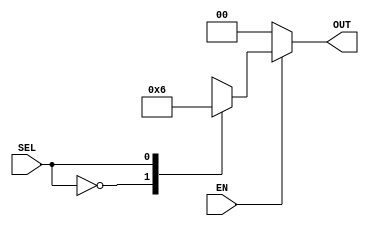
`timescale 1ns/1ns

module decoder2(
    input SEL,
    input EN,
    output reg [1:0] OUT
);

always @(*) begin
    if(EN) begin
        case(SEL)
            1'b0: OUT <= 2'b01;
            1'b1: OUT <= 2'b10;
        endcase
    end else OUT <= 2'b00;
end

endmodule // decoder2